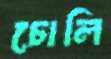
চোলি